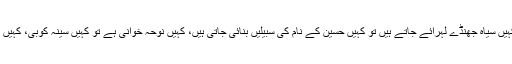
کہیں تعزیہ بنائے جاتے ہیں کہیں علم، کہیں سیاہ جھنڈے لہرائے جاتے ہیں تو کہیں حسین کے نام کی سبیلیں بنائی جاتی ہیں، کہیں نوحہ خوانی ہے تو کہیں سینہ کوبی، کہیں یا علی کی صدا ہے تو کہیں یا حسین کی۔